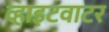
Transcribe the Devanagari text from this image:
व्हाइटवाटर